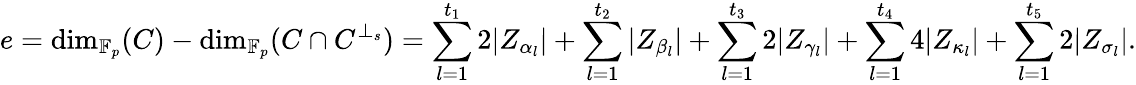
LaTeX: e=\dim_{\mathbb{F}_{p}}(C)-\dim_{\mathbb{F}_{p}}(C\cap C^{\bot_{s}})=\sum_{l=1}^{t_{1}}2|Z_{\alpha_{l}}|+\sum_{l=1}^{t_{2}}|Z_{\beta_{l}}|+\sum_{l=1}^{t_{3}}2|Z_{\gamma_{l}}|+\sum_{l=1}^{t_{4}}4|Z_{\kappa_{l}}|+\sum_{l=1}^{t_{5}}2|Z_{\sigma_{l}}|.